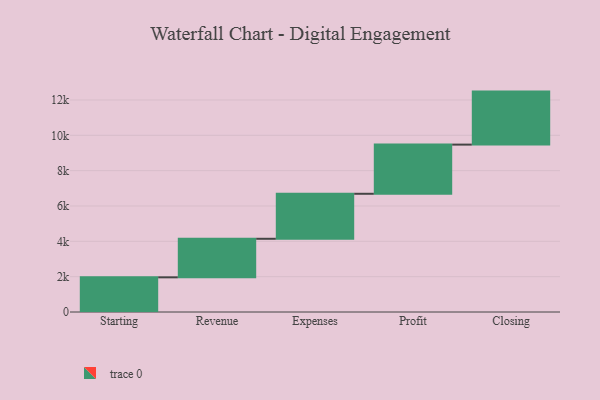
{"axis": {"x": "Step", "y": "Value"}, "legend": [""], "data": [{"x": "Starting", "y": 1962.0, "type": ""}, {"x": "Revenue", "y": 2182.0, "type": ""}, {"x": "Expenses", "y": 2547.0, "type": ""}, {"x": "Profit", "y": 2783.0, "type": ""}, {"x": "Closing", "y": 3000, "type": ""}]}